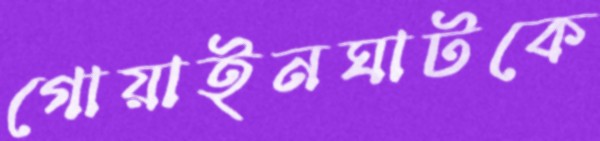
গোয়াইনঘাটকে